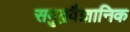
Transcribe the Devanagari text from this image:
समुद्रवैज्ञानिक